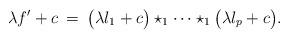
LaTeX: \begin{align*}\lambda f' + c \:=\: \big(\lambda l_1 + c \big) \star_1 \cdots \star_1 \big(\lambda l_p + c\big).\end{align*}